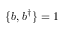
\{ b , b ^ { \dagger } \} = 1